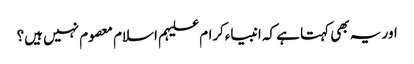
اور یہ بھی کہتا ہے کہ انبیاءکرام علیہم اسلام معصوم نہیں ہیں؟